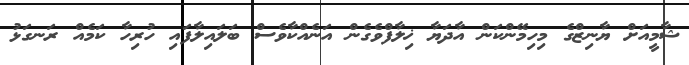
ޝާމީއަށް ޔާނިޒްގެ މިހިމޭންކަން އާދަޔާ ޚިލާފްވެގެން އަނެއްކާވެސް ބަލައިލާފައި ހުރިހާ ކަމެއް ރަނގަޅު